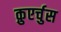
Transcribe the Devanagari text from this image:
क़ुएर्चुस